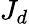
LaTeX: J_{d}